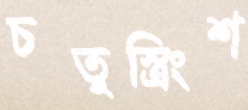
চতুস্ত্রিংশ